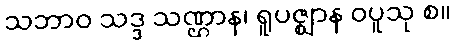
သဘာဝ သဒ္ဒ သဏ္ဌာန၊ ရူပဇ္ဈာန ဝပူသု စ။